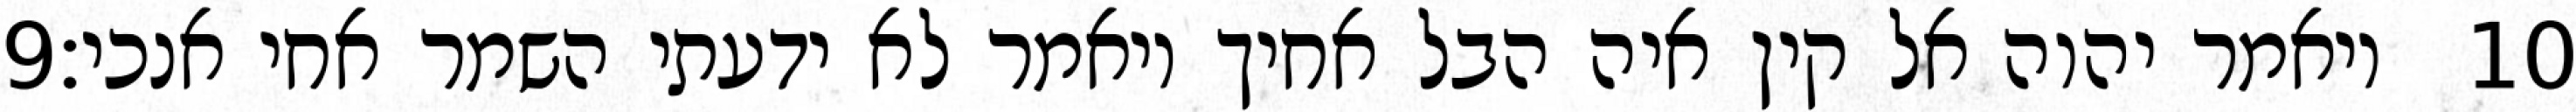
‎9‏ ויאמר יהוה אל קין איה הבל אחיך ויאמר לא ידעתי השמר אחי אנכי׃ ‎10‏